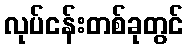
လုပ်ငန်းတစ်ခုတွင်